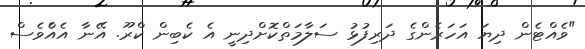
"ވެއްޓެން ދިޔަ އަހަރެންގެ ދަރިފުޅު ސަލާމަތްކޮށްދިނީ އެ ކެބިން ކްރޫ. އޭނާ އެއްެވެސް